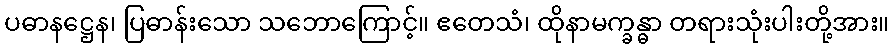
ပဓာနဋ္ဌေန၊ ပြဓာန်းသော သဘောကြောင့်။ ဧတေသံ၊ ထိုနာမက္ခန္ဓာ တရားသုံးပါးတို့အား။